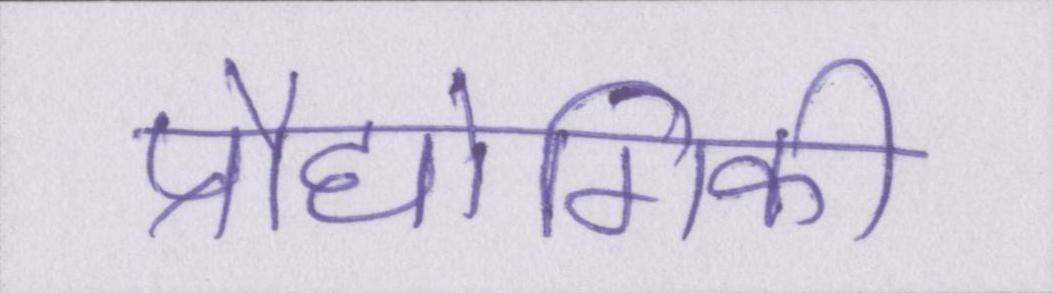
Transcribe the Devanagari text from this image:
प्रौद्योगिकी